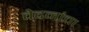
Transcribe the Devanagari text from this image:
वेदनांचा